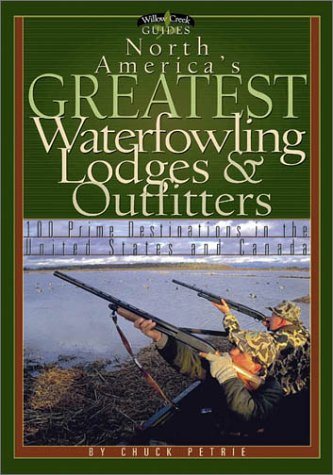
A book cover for North America's Greatest Waterfowling Lodges & Outfitters: 100 Prime Destinations in the United States and Canada (Willow Creek Guides); Chuck Petrie; Travel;